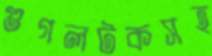
গুগলটকসহ